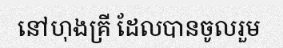
នៅហុងគ្រី ដែលបានចូលរួម